Ranna_vallavalitsus, lk 2
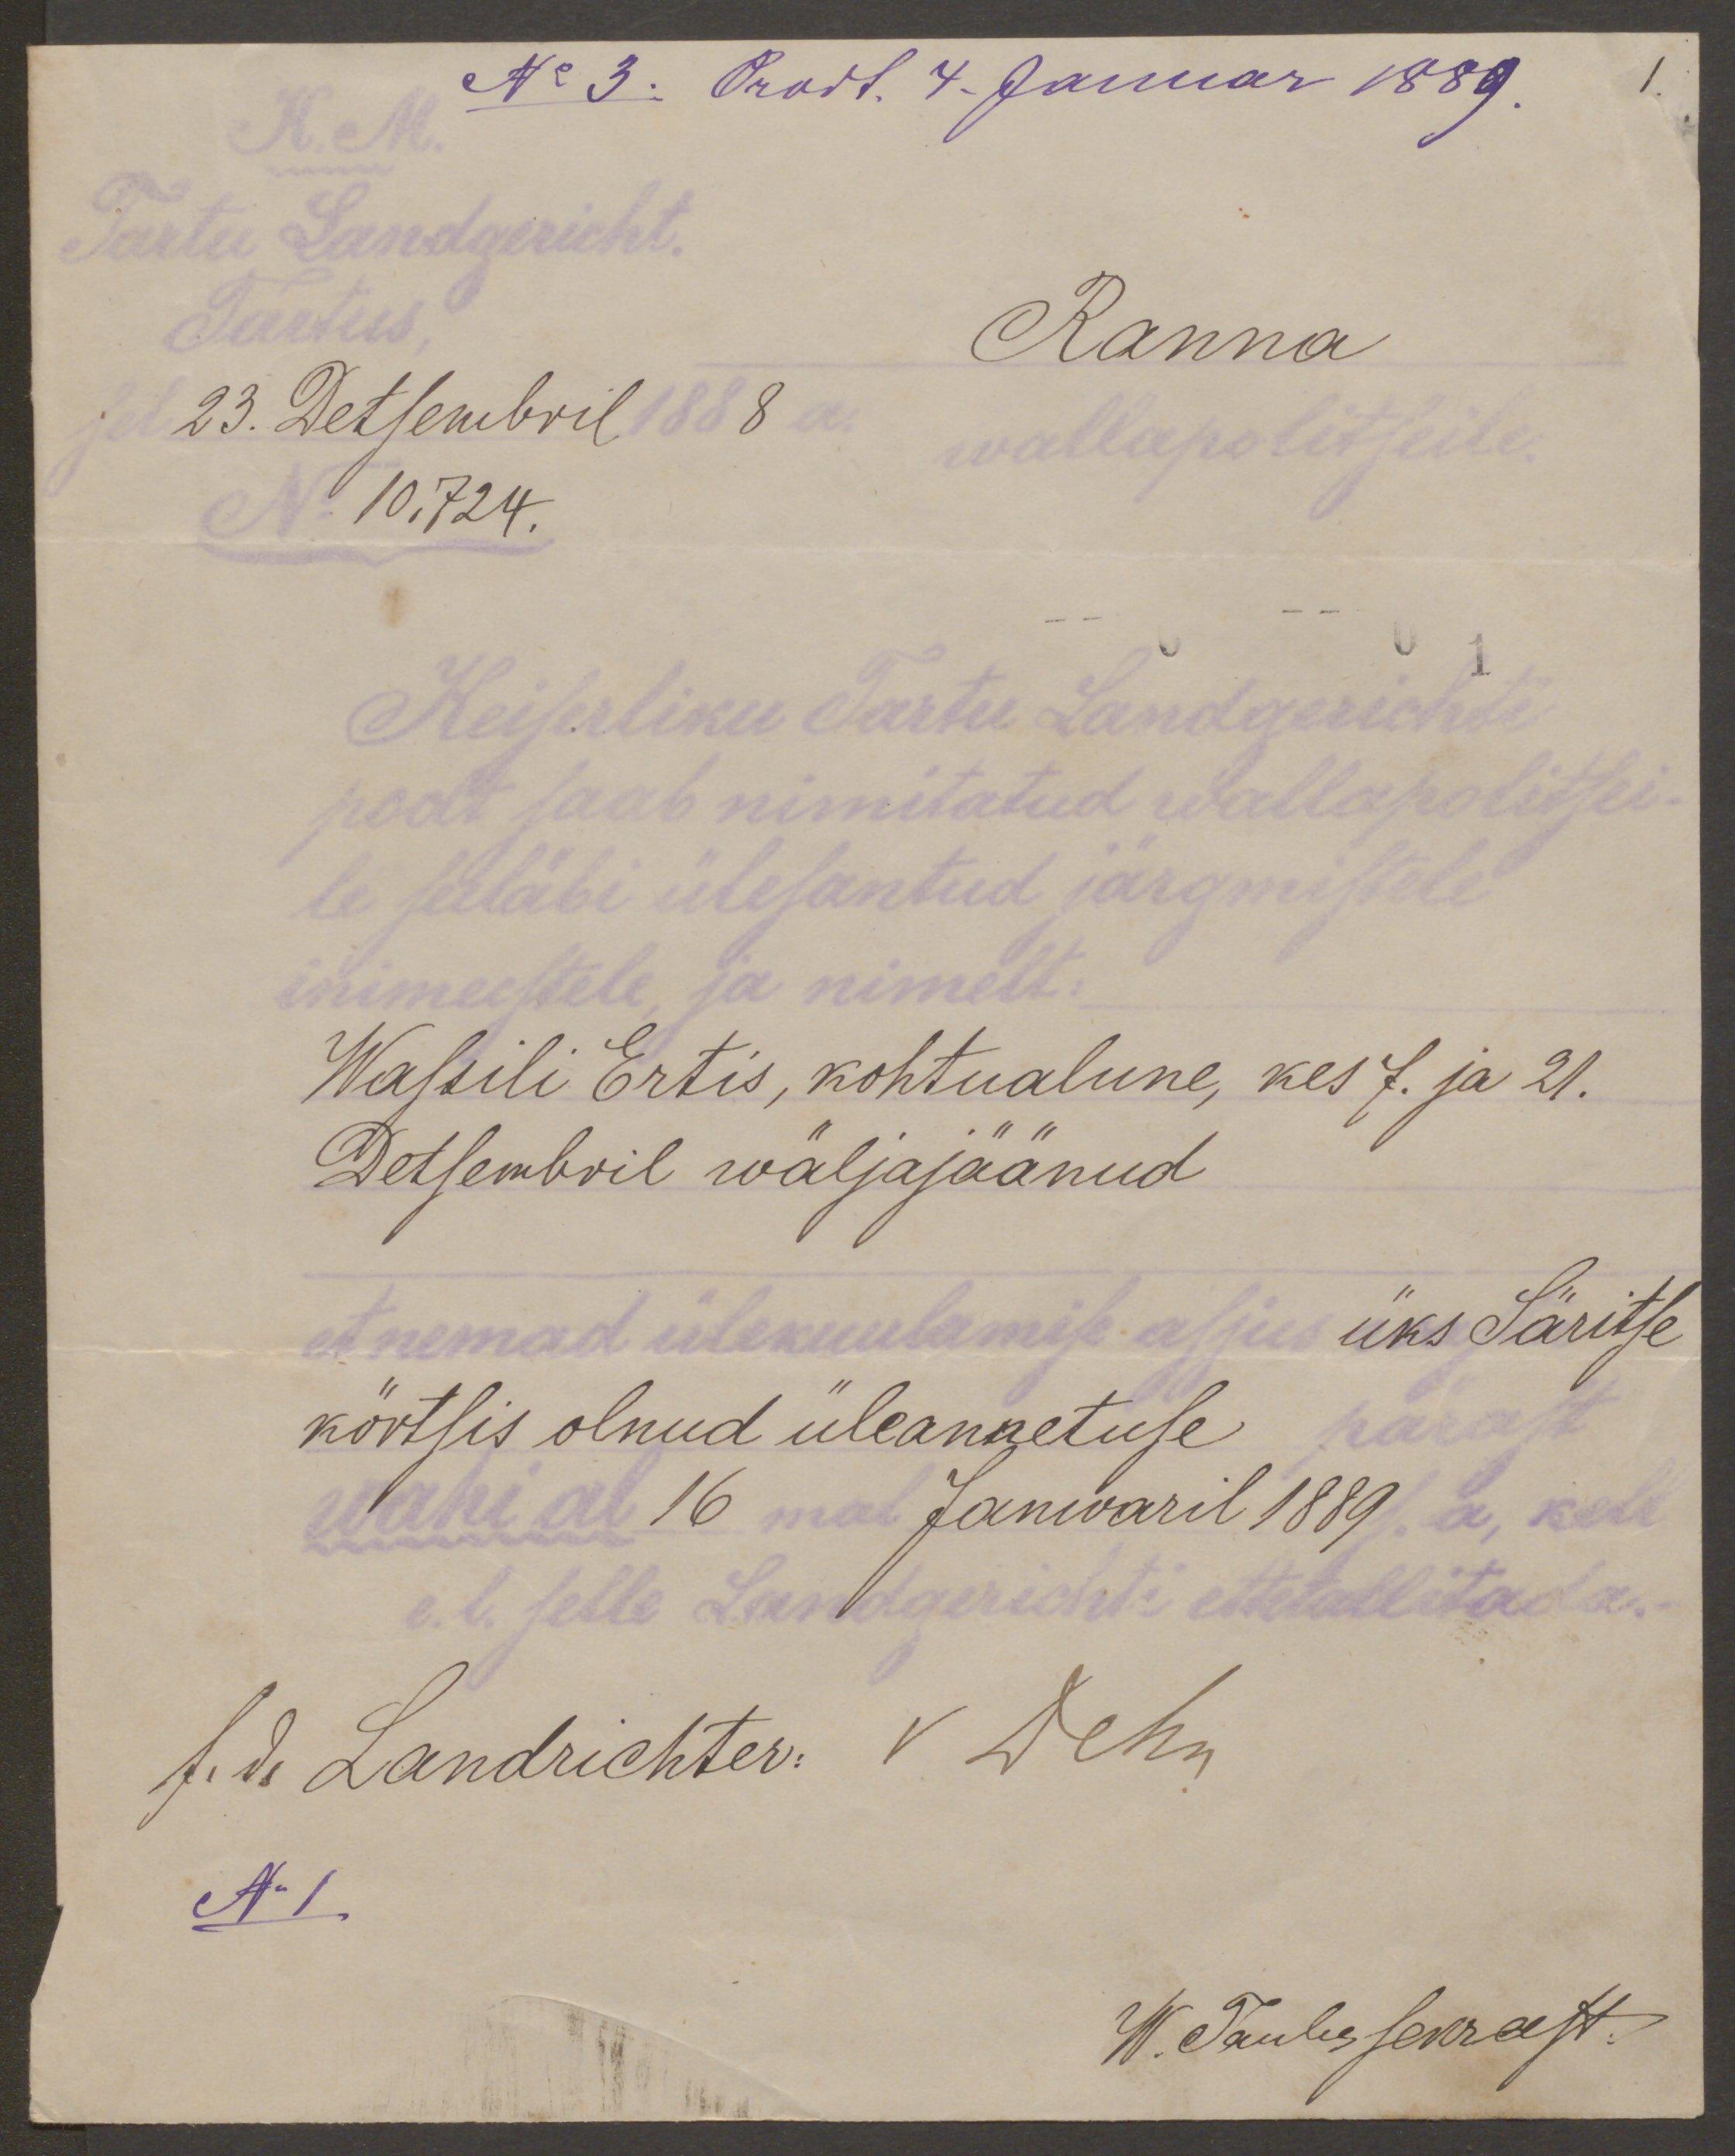
K. M.
Nr 3. Prodt. 4. Januar 1889.
Tartu Landgericht.
Tartus
Ranna
23. Detsembril 1888 a. wallapolitseile
Nr. 10.724.
Keiserliku Tartu Landgerichti
poolt saab nimitatud wallapolitsei-
le seeläbi ülesantud järgmistele
inimeestele, ja nimelt.
Wassili Ertis, kohtualune, kes 7. ja 21.
Detsembril wäljajäänud
et nemad ülekuulamise asjus üks Säritse
körtsis olnud üleannetuse pärast
vahi al 16mal Janwaril 1889 s.a. kell
e. l. selle Landgerichti ettetallitada.
S. d. Landrichter. V Dehn
N1
W. Taulus Senrast.